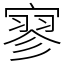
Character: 寥